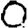
Digit: 0